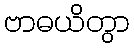
ဗာဓယိတွာ